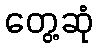
တွေ့ဆုံ